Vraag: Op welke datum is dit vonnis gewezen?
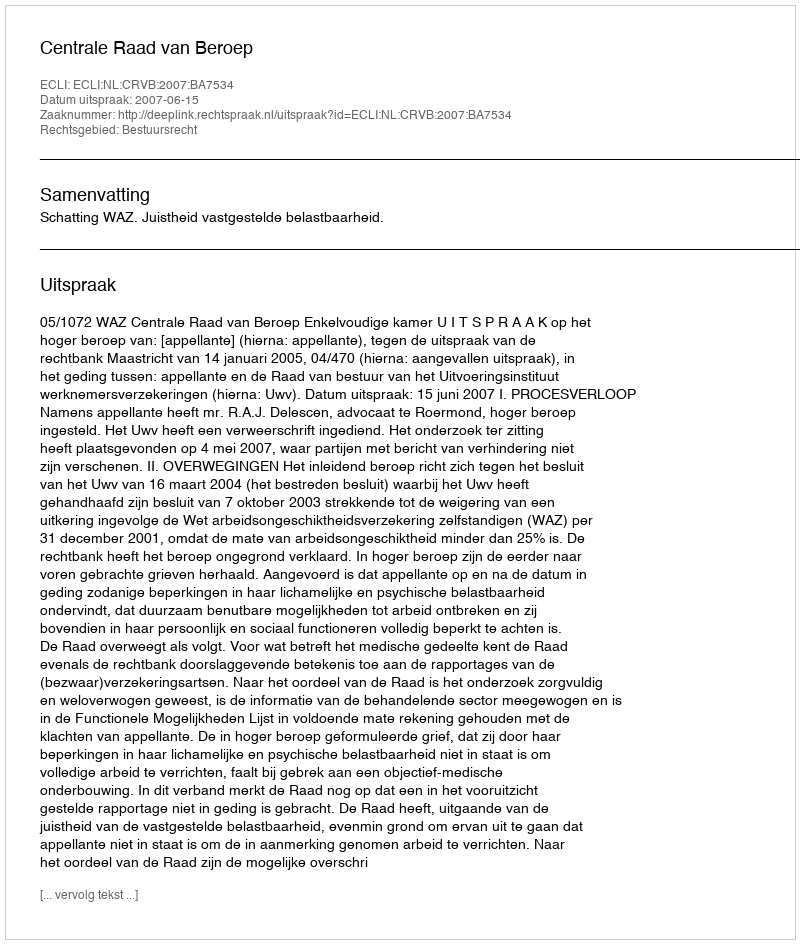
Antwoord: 2007-06-15